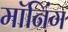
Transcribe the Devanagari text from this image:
मॉनिंग